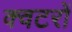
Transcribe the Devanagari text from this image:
क्वटरों